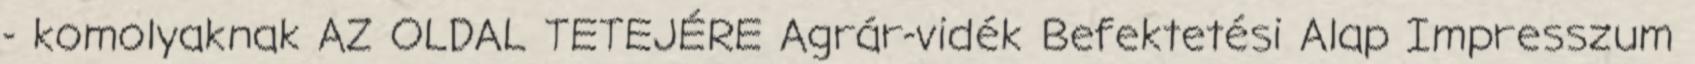
- komolyaknak AZ OLDAL TETEJÉRE Agrár-vidék Befektetési Alap Impresszum